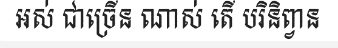
ឣស់ ជាច្រើន ណាស់ តើ បរិនិព្វាន